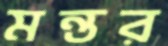
মন্তর